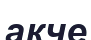
акче